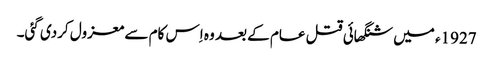
1927ء میں شنگھائی قتل عام کے بعد وہ اِس کام سے معزول کردی گئی۔